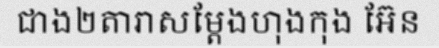
ជាង២តារាសម្តែងហុងកុង អ៊ែន